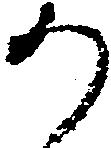
か